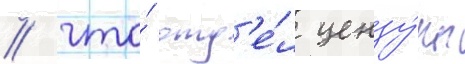
/ что́ отд'е́л цензу́ры